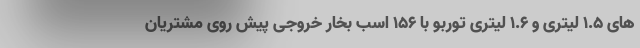
های 1.5 لیتری و 1.6 لیتری توربو با 156 اسب بخار خروجی پیش روی مشتریان